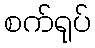
စက်ရုပ်